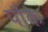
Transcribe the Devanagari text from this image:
पौके